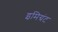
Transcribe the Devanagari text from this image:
इमिग्रंट